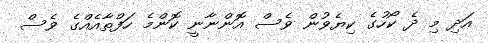
އަދި މި ދެ ކޯހުގެ ކިޔެވުން ވެސް އޮންނާނީ ކޮންމެ ހަފްތާއެއްގެ ވެސް